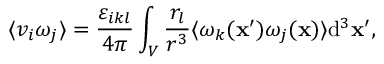
\langle v _ { i } \omega _ { j } \rangle = \frac { \varepsilon _ { i k l } } { 4 \pi } \int _ { V } \frac { r _ { l } } { r ^ { 3 } } \langle \omega _ { k } ( \mathbf { x } ^ { \prime } ) \omega _ { j } ( \mathbf { x } ) \rangle \mathrm { d } ^ { 3 } \mathbf { x } ^ { \prime } ,